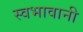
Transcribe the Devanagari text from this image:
स्वभावानी